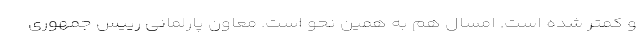
و کمتر شده است. امسال هم به همین نحو است. معاون پارلمانی رییس جمهوری